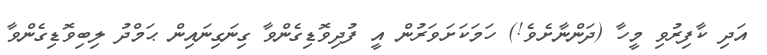
އަދި ކާފިރުވި މީހާ (ދަންނާށެވެ!) ހަމަކަށަވަރުން އީ ފުދިވޮޑިގެންވާ ގިނަގިނައިން ޙަމްދު ލިބިވޮޑިގެންވާ